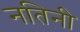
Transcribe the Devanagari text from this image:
नतिनी